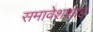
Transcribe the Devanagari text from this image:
समावेशशाह